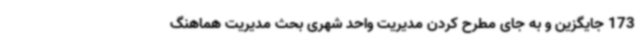
173 جایگزین و به جای مطرح کردن مدیریت واحد شهری بحث مدیریت هماهنگ